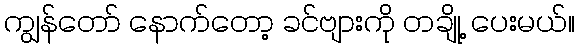
ကျွန်တော် နောက်တော့ ခင်ဗျားကို တချို့ ပေးမယ်။